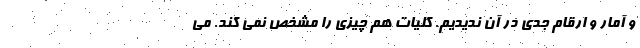
و آمار و ارقام جدی در آن ندیدیم. کلیات هم چیزی را مشخص نمی کند. می